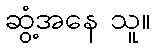
ဆွံ့အနေ သူ။